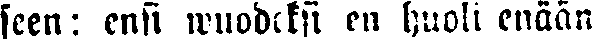
seen: ensi wuodeksi en huoli enään